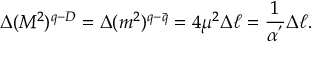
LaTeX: \Delta ( M ^ { 2 } ) ^ { q - D } = \Delta ( m ^ { 2 } ) ^ { q - \bar { q } } = 4 \mu ^ { 2 } \Delta \ell = \frac { 1 } { \alpha ^ { ' } } \Delta \ell .